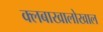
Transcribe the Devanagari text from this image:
क्लबाखालोखाल